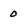
Character: 0